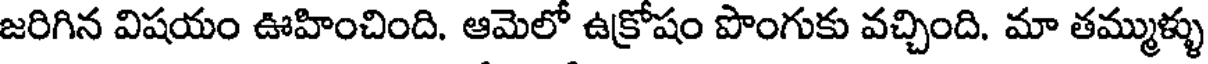
జరిగిన విషయం ఊహించింది. ఆమెలో ఉక్రోషం పొంగుకు వచ్చింది. మా తమ్ముళ్ళు